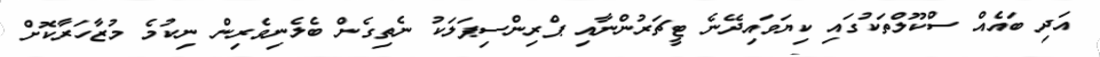
އަދި ބައެއް ސްކޫލްތަކުގައި ކިޔަވައިދޭނެ ޓީޗަރުންނާއި ޕްރިންސިޕަލަކު ނެތިގެން ބެލެނިވެރިން ނިކުމެ މުޒާހަރާކޮށް